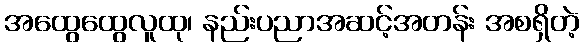
အထွေထွေလူထု၊ နည်းပညာအဆင့်အတန်း အစရှိတဲ့